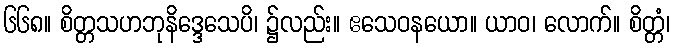
၆၆၈။ စိတ္တသဟဘုနိဒ္ဒေသေပိ၊ ၌လည်း။ ဧသေဝနယော။ ယာဝ၊ လောက်။ စိတ္တံ၊